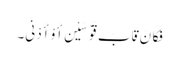
فَکَانَ قَابَ قَوْسَیْنِ أَوْ أَدْنَی۔